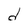
Character: d